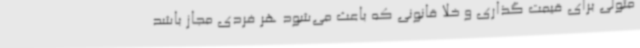
متولی برای قیمت گذاری و خلا قانونی که باعث می‌شود هر فردی مجاز باشد